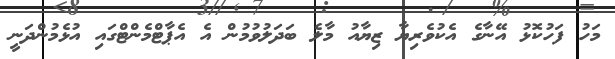
މަހު ފަހުކޮޅު އޭނާގެ އެކުވެރިޔާ ޒިޔާއު މާލެ ބަދަލުވުމުން އެ އެޕާޓްމެންޓްގައި އުޅެމުންދަނީ